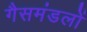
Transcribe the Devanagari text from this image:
गैसमंडलों